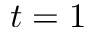
t = 1